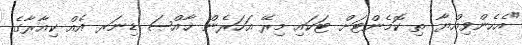
"އެހެންވިއްޔާ ތި ކޮމެންޓަށް ޓަކައި މިރޭ އަހަރެން ޚާއްޞަ ޑިނަރ އެއް ކިއާރާގެ